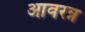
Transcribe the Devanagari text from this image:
आवरन्न